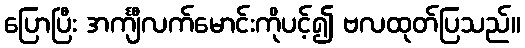
ပြောပြီး အင်္ကျီလက်မောင်းကိုပင့်၍ ဗလထုတ်ပြသည်။